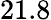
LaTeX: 21.8